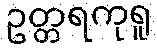
ဥတ္တရကုရူ